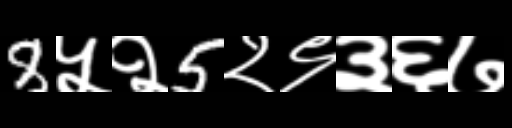
Text: 8५२5२९३६७